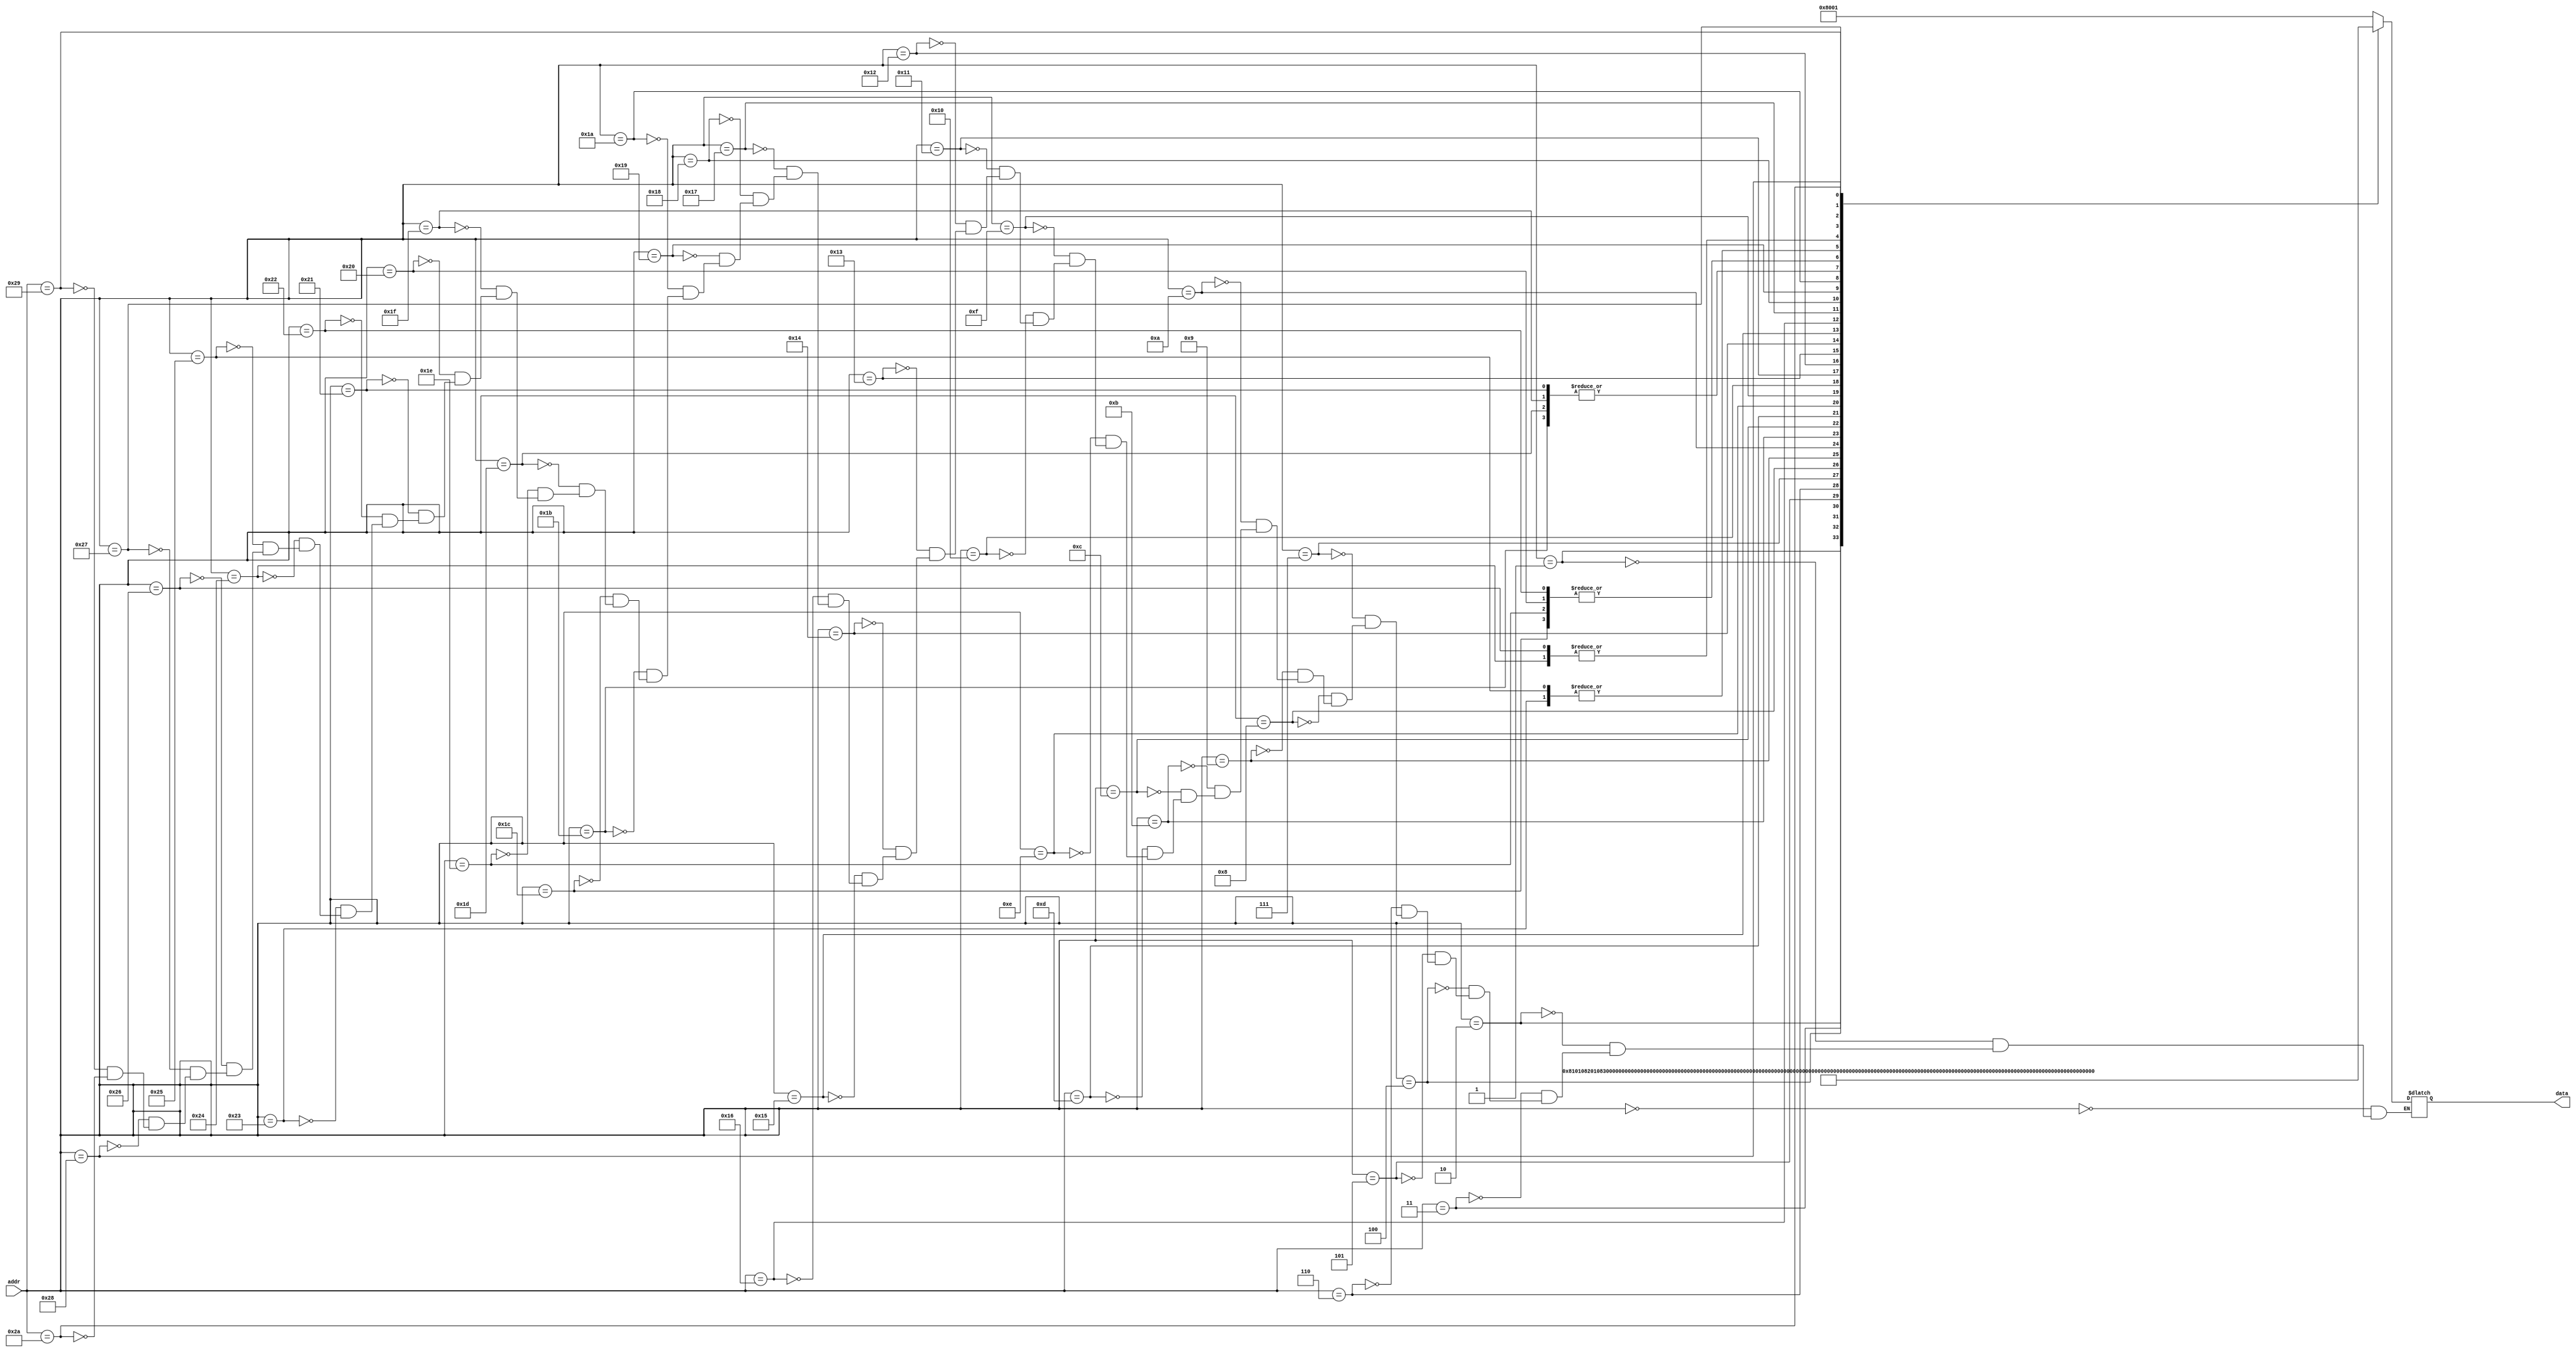
module ROMcontrol (data, addr);
parameter addrwidth = 6;
parameter datawidth = 20;
output reg [datawidth-1:0]data;
input      [addrwidth-1:0]addr;
always@(addr)
begin
  case(addr)
    //R type
    6'd0 : data=20'b0_000_1_0_0_0_0000_0_00_000_01;
    6'd1 : data=20'b0_000_1_0_0_0_0001_0_00_000_01;   
    6'd2 : data=20'b0_000_1_0_0_0_0010_0_00_000_01;
    6'd3 : data=20'b0_000_1_0_0_0_0011_0_00_000_01;
    6'd4 : data=20'b0_000_1_0_0_0_0100_0_00_000_01;
    6'd5 : data=20'b0_000_1_0_0_0_0101_0_00_000_01;
    6'd6 : data=20'b0_000_1_0_0_0_0110_0_00_000_01;
    6'd7 : data=20'b0_000_1_0_0_0_0111_0_00_000_01;
    6'd8 : data=20'b0_000_1_0_0_0_1000_0_00_000_01;
    6'd9 : data=20'b0_000_1_0_0_0_1001_0_00_000_01;
    
    //I type
    6'd10 : data=20'b0_000_1_0_1_0_0000_0_00_000_01;
    6'd11 : data=20'b0_000_1_0_1_0_0011_0_00_000_01;
    6'd12 : data=20'b0_001_1_0_1_0_0100_0_00_000_01;
    6'd13 : data=20'b0_000_1_0_1_0_0101_0_00_000_01;
    6'd14 : data=20'b0_000_1_0_1_0_1000_0_00_000_01;
    6'd15 : data=20'b0_000_1_0_1_0_1001_0_00_000_01;
    6'd16 : data=20'b0_010_1_0_1_0_0010_0_00_000_01;
    6'd17 : data=20'b0_010_1_0_1_0_0110_0_00_000_01;
    6'd18 : data=20'b0_010_1_0_1_0_0111_0_00_000_01;
    
    //Load intrustion type
    6'd19 : data=20'b0_000_1_0_1_0_0000_0_00_001_00;
    6'd20 : data=20'b0_000_1_0_1_0_0000_0_00_010_00;
    6'd21 : data=20'b0_000_1_0_1_0_0000_0_00_000_00;
    6'd22 : data=20'b0_000_1_0_1_0_0000_0_00_101_00;
    6'd23 : data=20'b0_000_1_0_1_0_0000_0_00_110_00;
    
    //Store instruction type
    6'd24 : data=20'b0_011_0_0_1_0_0000_1_01_000_00;
    6'd25 : data=20'b0_011_0_0_1_0_0000_1_10_000_00;
    6'd26 : data=20'b0_011_0_0_1_0_0000_1_00_000_00;
    
    //Branch type
    6'd27 : data=20'b1_100_0_0_1_1_0000_0_00_000_00;
    6'd28 : data=20'b0_100_0_0_1_1_0000_0_00_000_00;
    
    6'd29 : data=20'b1_100_0_0_1_1_0000_0_00_000_00;
    6'd30 : data=20'b0_100_0_0_1_1_0000_0_00_000_00;
    
    6'd31 : data=20'b1_100_0_0_1_1_0000_0_00_000_00;
    6'd32 : data=20'b0_100_0_0_1_1_0000_0_00_000_00;
    
    6'd33 : data=20'b1_100_0_0_1_1_0000_0_00_000_00;
    6'd34 : data=20'b0_100_0_0_1_1_0000_0_00_000_00;

    6'd35 : data=20'b1_100_0_1_1_1_0000_0_00_000_00;
    6'd36 : data=20'b0_100_0_1_1_1_0000_0_00_000_00;
    
    6'd37 : data=20'b1_100_0_1_1_1_0000_0_00_000_00;
    6'd38 : data=20'b0_100_0_1_1_1_0000_0_00_000_00;
    
    //LUI va AUIPC instruction type
    6'd39 : data=20'b0_101_1_0_1_0_1111_0_00_000_01;
    6'd40 : data=20'b0_101_1_0_1_1_0000_0_00_000_01;
    
    //JUMP instruction type
    6'd41 : data=20'b1_000_1_0_1_0_0000_0_00_000_10;
    6'd42 : data=20'b1_110_1_0_1_1_0000_0_00_000_10;


endcase
end
endmodule